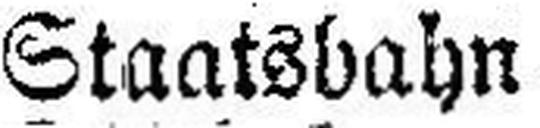
Staatsbahn